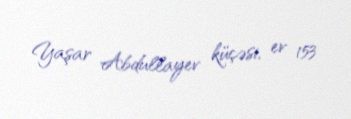
Yaşar Abdullayev küçəsi, ev 153